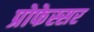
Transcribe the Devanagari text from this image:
प्रोफेस्सर